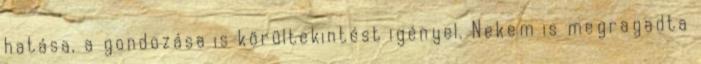
hatása, a gondozása is körültekintést igényel. Nekem is megragadta